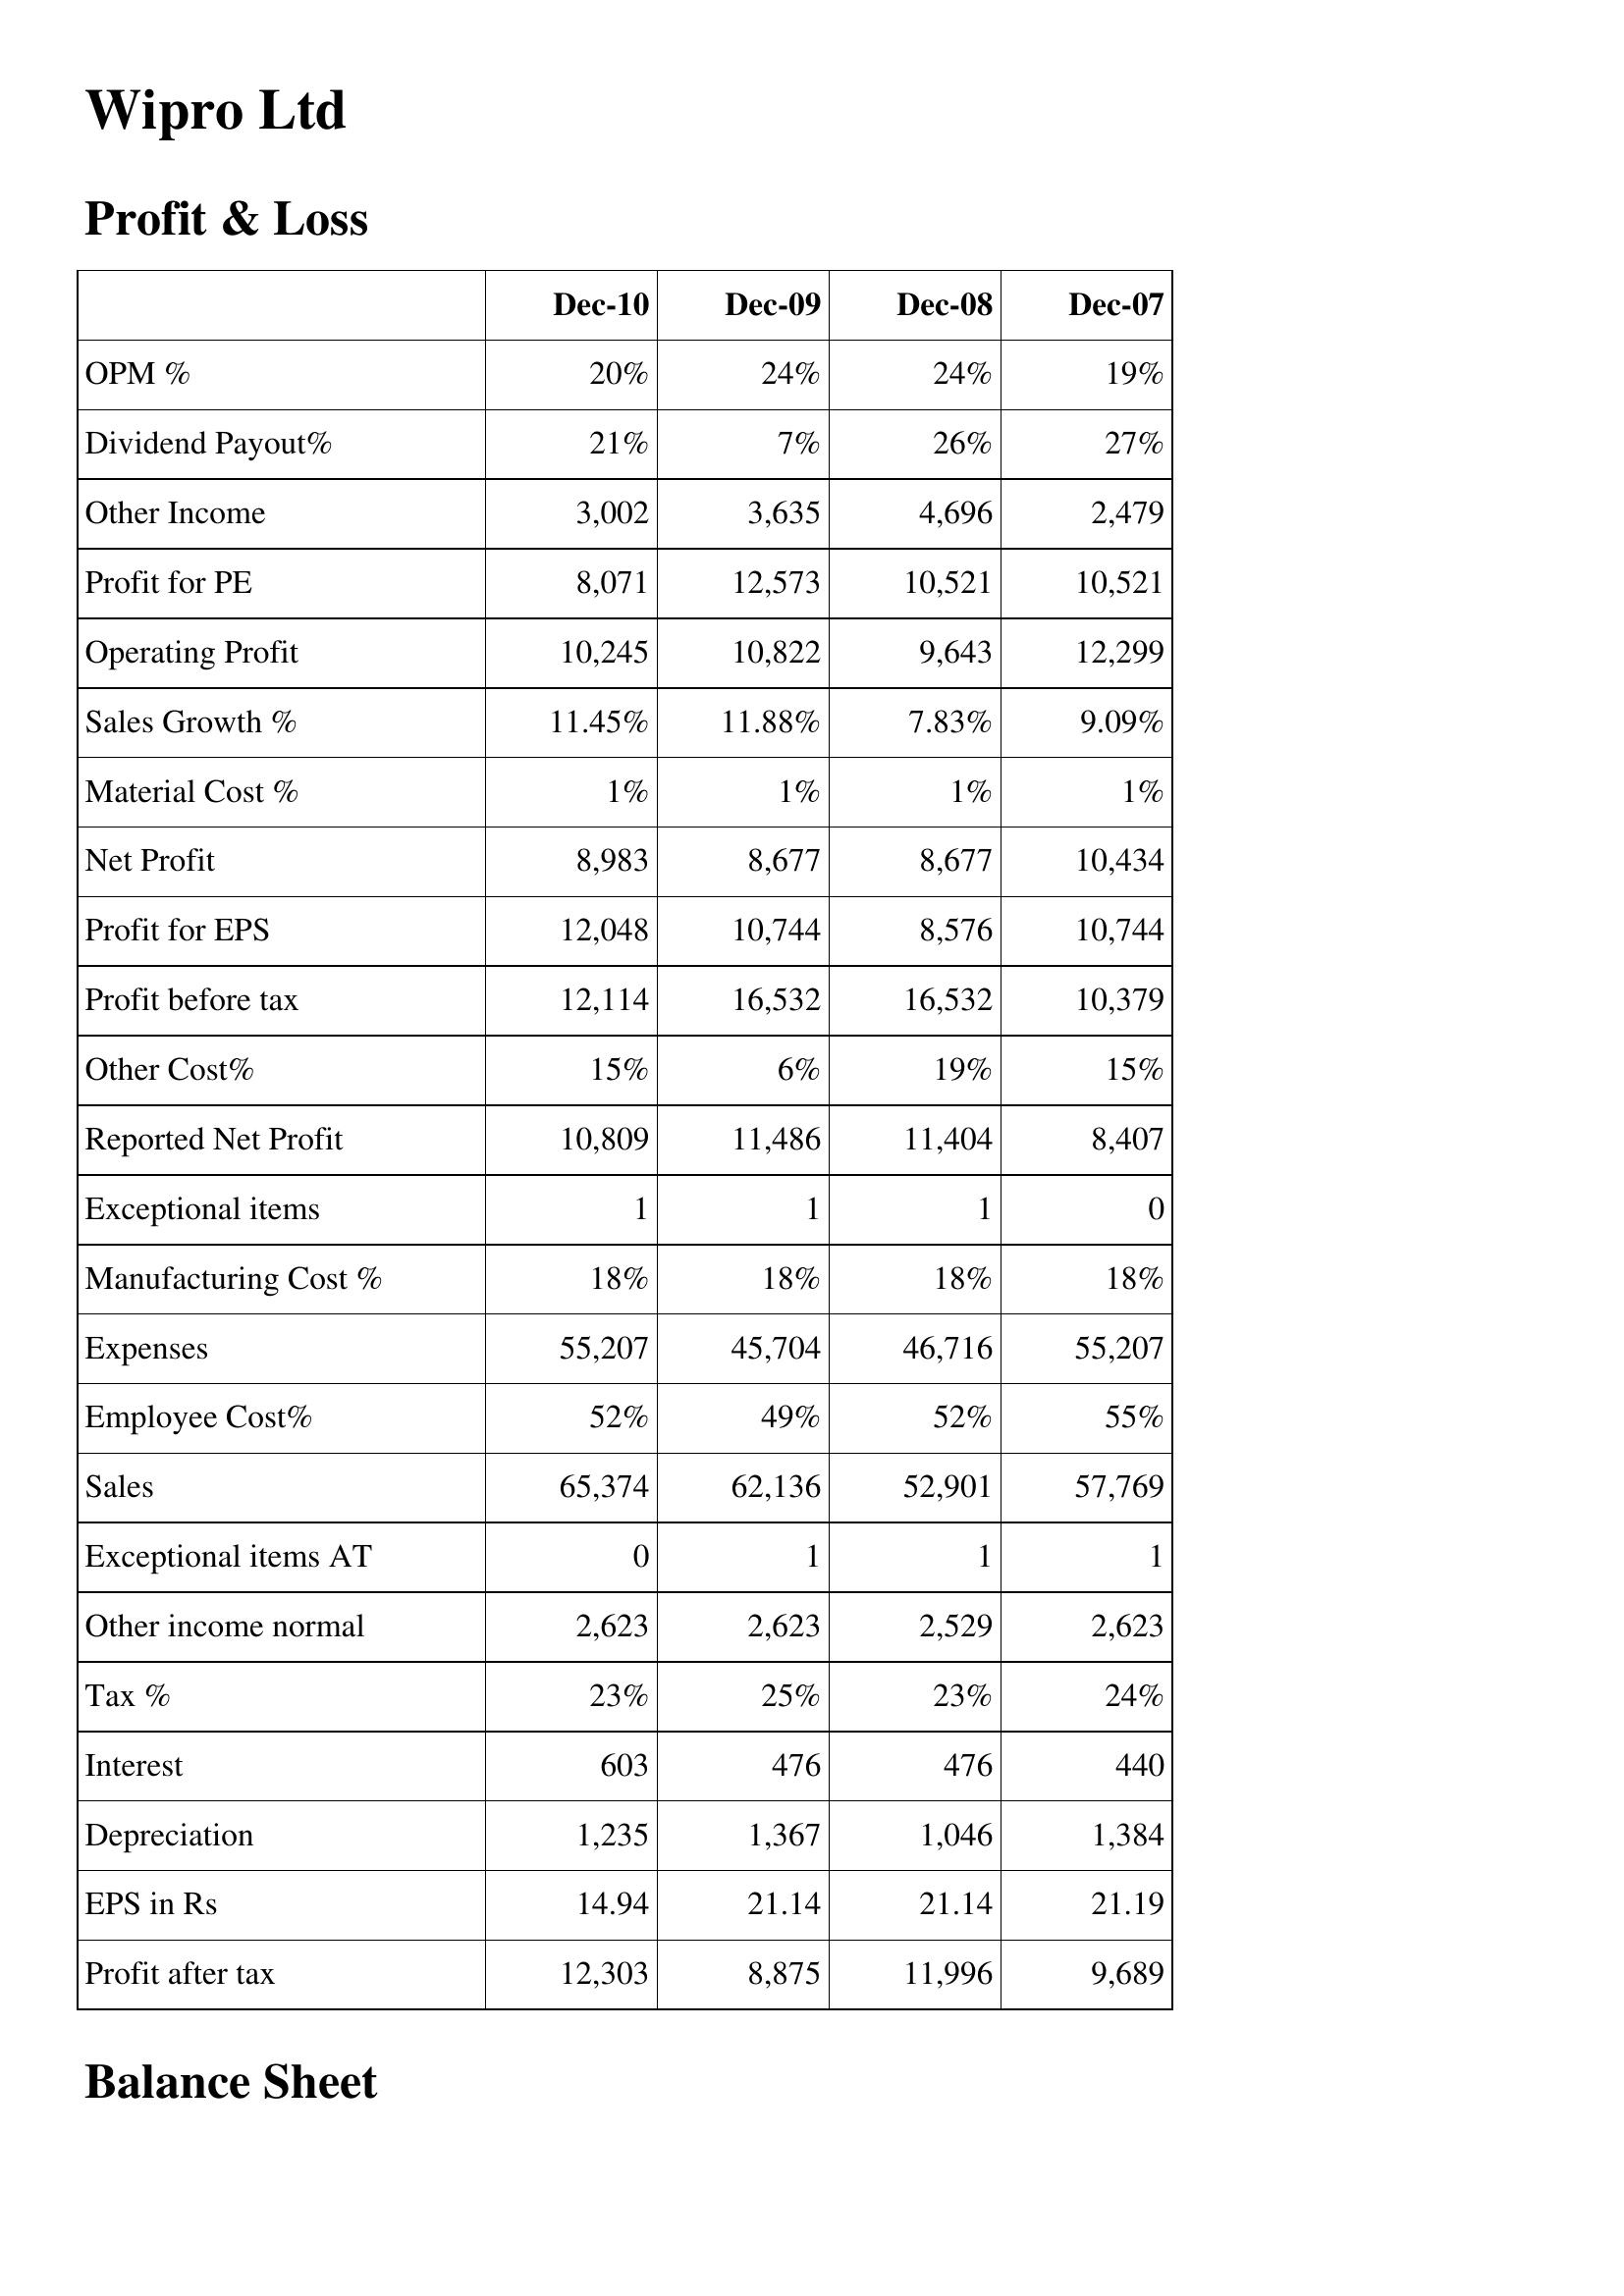
Dec-10: Profit & Loss: OPM %: 20%
Dividend Payout%: 21%
Other Income: 3,002
Profit for PE: 8,071
Operating Profit: 10,245
Sales Growth %: 11.45%
Material Cost %: 1%
Net Profit: 8,983
Profit for EPS: 12,048
Profit before tax: 12,114
Other Cost%: 15%
Reported Net Profit: 10,809
Exceptional items: 1
Manufacturing Cost %: 18%
Expenses: 55,207
Employee Cost%: 52%
Sales: 65,374
Exceptional items AT: 0
Other income normal: 2,623
Tax %: 23%
Interest: 603
Depreciation: 1,235
EPS in Rs: 14.94
Profit after tax: 12,303
Dec-09: Profit & Loss: OPM %: 24%
Dividend Payout%: 7%
Other Income: 3,635
Profit for PE: 12,573
Operating Profit: 10,822
Sales Growth %: 11.88%
Material Cost %: 1%
Net Profit: 8,677
Profit for EPS: 10,744
Profit before tax: 16,532
Other Cost%: 6%
Reported Net Profit: 11,486
Exceptional items: 1
Manufacturing Cost %: 18%
Expenses: 45,704
Employee Cost%: 49%
Sales: 62,136
Exceptional items AT: 1
Other income normal: 2,623
Tax %: 25%
Interest: 476
Depreciation: 1,367
EPS in Rs: 21.14
Profit after tax: 8,875
Dec-08: Profit & Loss: OPM %: 24%
Dividend Payout%: 26%
Other Income: 4,696
Profit for PE: 10,521
Operating Profit: 9,643
Sales Growth %: 7.83%
Material Cost %: 1%
Net Profit: 8,677
Profit for EPS: 8,576
Profit before tax: 16,532
Other Cost%: 19%
Reported Net Profit: 11,404
Exceptional items: 1
Manufacturing Cost %: 18%
Expenses: 46,716
Employee Cost%: 52%
Sales: 52,901
Exceptional items AT: 1
Other income normal: 2,529
Tax %: 23%
Interest: 476
Depreciation: 1,046
EPS in Rs: 21.14
Profit after tax: 11,996
Dec-07: Profit & Loss: OPM %: 19%
Dividend Payout%: 27%
Other Income: 2,479
Profit for PE: 10,521
Operating Profit: 12,299
Sales Growth %: 9.09%
Material Cost %: 1%
Net Profit: 10,434
Profit for EPS: 10,744
Profit before tax: 10,379
Other Cost%: 15%
Reported Net Profit: 8,407
Exceptional items: 0
Manufacturing Cost %: 18%
Expenses: 55,207
Employee Cost%: 55%
Sales: 57,769
Exceptional items AT: 1
Other income normal: 2,623
Tax %: 24%
Interest: 440
Depreciation: 1,384
EPS in Rs: 21.19
Profit after tax: 9,689